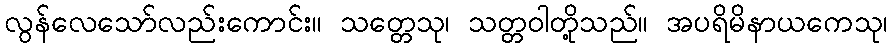
လွန်လေသော်လည်းကောင်း။ သတ္တေသု၊ သတ္တဝါတို့သည်။ အပရိမိနာယကေသု၊